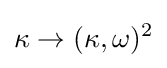
\kappa \rightarrow (\kappa ,\omega )^{2}